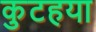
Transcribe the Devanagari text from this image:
कुटहया